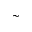
\sim